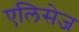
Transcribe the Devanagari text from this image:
एलिसेज